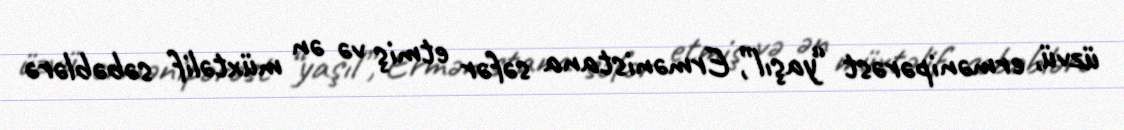
üzvü, ermənipərəst “yaşıl”, Ermənistana səfər etmiş və ən müxtəlif səbəblərə